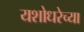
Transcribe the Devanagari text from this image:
यशोधरेच्या